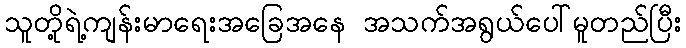
သူတို့ရဲ့ကျန်းမာရေးအခြေအနေ အသက်အရွယ်ပေါ်မူတည်ပြီး